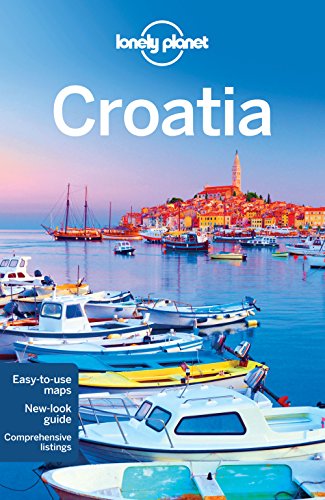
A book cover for Lonely Planet Croatia (Travel Guide); Lonely Planet; Travel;